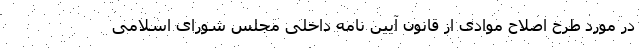
در مورد طرح اصلاح موادی از قانون آیین نامه داخلی مجلس شورای اسلامی